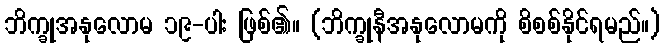
ဘိက္ခုအနုလောမ ၁၉-ပါး ဖြစ်၏။ (ဘိက္ခုနီအနုလောမကို စိစစ်နိုင်ရမည်။)